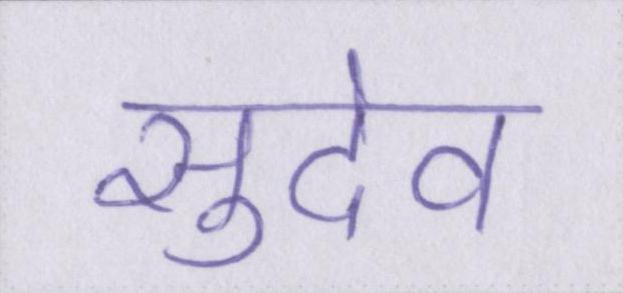
सुदेव